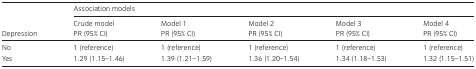
<table><thead><tr><td rowspan="3"><b>Depression</b></td><td colspan="5"><b>Association models</b></td></tr><tr><td><b>Crude model</b></td><td><b>Model 1</b></td><td><b>Model 2</b></td><td><b>Model 3</b></td><td><b>Model 4</b></td></tr><tr><td><b>PR (95% CI)</b></td><td><b>PR (95% CI)</b></td><td><b>PR (95% CI)</b></td><td><b>PR (95% CI)</b></td><td><b>PR (95% CI)</b></td></tr></thead><tbody><tr><td>No</td><td>1 (reference)</td><td>1 (reference)</td><td>1 (reference)</td><td>1 (reference)</td><td>1 (reference)</td></tr><tr><td>Yes</td><td>1.29 (1.15–1.46)</td><td>1.39 (1.21–1.59)</td><td>1.36 (1.20–1.54)</td><td>1.34 (1.18–1.53)</td><td>1.32 (1.15–1.51)</td></tr></tbody></table>